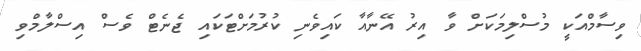
ވިސާމްއަކީ މުސްލިމަކަށް ވާ އިރު އޭނާއާ ކައިވެނި ކުރުމަށްޓަކައި ޖެނެޓް ވެސް އިސްލާމްވި